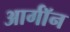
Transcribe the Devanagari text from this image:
आर्गॉन